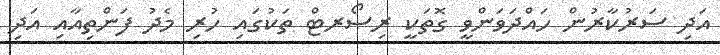
އަދި ސަރުކާރުން ހައްދަވަންވީ ގޮތަކީ ރިސޯރޓް ތަކުގައި ހުރި މެދު ފަންތިއާއި އަދި